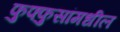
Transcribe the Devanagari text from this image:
फुफ्फुसांमधील